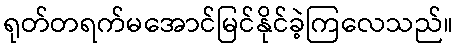
ရုတ်တရက်မအောင်မြင်နိုင်ခဲ့ကြလေသည်။